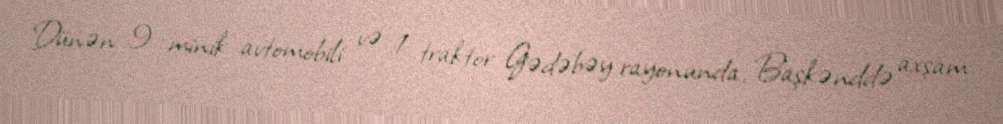
Dünən 9 minik avtomobili və 1 traktor Gədəbəy rayonunda, Başkənddə axşam